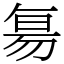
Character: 𬀷